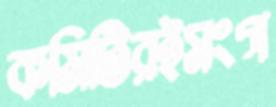
কমিটিরইসংগ